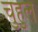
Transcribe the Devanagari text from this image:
चुहुल